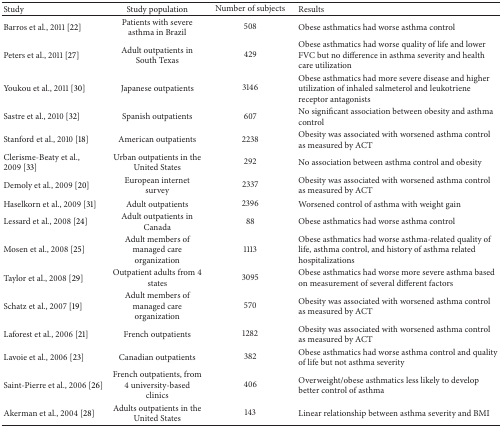
<table><thead><tr><td><b>Study </b></td><td><b>Study population</b></td><td><b>Number of subjects</b></td><td><b>Results </b></td></tr></thead><tbody><tr><td>Barros et al., 2011 [22]</td><td>Patients with severe asthma in Brazil</td><td>508</td><td>Obese asthmatics had worse asthma control</td></tr><tr><td>Peters et al., 2011 [27]</td><td>Adult outpatients in South Texas</td><td>429</td><td>Obese asthmatics had worse quality of life and lower FVC but no difference in asthma severity and health care utilization</td></tr><tr><td>Youkou et al., 2011 [30]</td><td>Japanese outpatients</td><td>3146</td><td>Obese asthmatics had more severe disease and higher utilization of inhaled salmeterol and leukotriene receptor antagonists</td></tr><tr><td>Sastre et al., 2010 [32]</td><td>Spanish outpatients</td><td>607</td><td>No significant association between obesity and asthma control</td></tr><tr><td>Stanford et al., 2010 [18]</td><td>American outpatients</td><td>2238</td><td>Obesity was associated with worsened asthma control as measured by ACT.</td></tr><tr><td>Clerisme-Beaty et al., 2009 [33]</td><td>Urban outpatients in the United States</td><td>292</td><td>No association between asthma control and obesity</td></tr><tr><td>Demoly et al., 2009 [20]</td><td>European internet survey</td><td>2337</td><td>Obesity was associated with worsened asthma control as measured by ACT.</td></tr><tr><td>Haselkorn et al., 2009 [31]</td><td>Adult outpatients</td><td>2396</td><td>Worsened control of asthma with weight gain</td></tr><tr><td>Lessard et al., 2008 [24]</td><td>Adult outpatients in Canada</td><td>88</td><td>Obese asthmatics had worse asthma control</td></tr><tr><td>Mosen et al., 2008 [25]</td><td>Adult members of managed care organization</td><td>1113</td><td>Obese asthmatics had worse asthma-related quality of life, asthma control, and history of asthma related hospitalizations.</td></tr><tr><td>Taylor et al., 2008 [29]</td><td>Outpatient adults from 4 states</td><td>3095</td><td>Obese asthmatics had worse more severe asthma based on measurement of several different factors</td></tr><tr><td>Schatz et al., 2007 [19]</td><td>Adult members of managed care organization</td><td>570</td><td>Obesity was associated with worsened asthma control as measured by ACT.</td></tr><tr><td>Laforest et al., 2006 [21]</td><td>French outpatients </td><td>1282</td><td>Obesity was associated with worsened asthma control as measured by ACT.</td></tr><tr><td>Lavoie et al., 2006 [23]</td><td>Canadian outpatients</td><td>382</td><td>Obese asthmatics had worse asthma control and quality of life but not asthma severity</td></tr><tr><td>Saint-Pierre et al., 2006 [26]</td><td>French outpatients, from 4 university-based clinics</td><td>406</td><td>Overweight/obese asthmatics less likely to develop better control of asthma</td></tr><tr><td>Akerman et al., 2004 [28]</td><td>Adults outpatients in the United States</td><td>143</td><td>Linear relationship between asthma severity and BMI </td></tr></tbody></table>